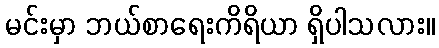
မင်းမှာ ဘယ်စာရေးကိရိယာ ရှိပါသလား။